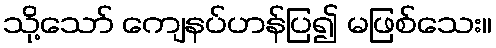
သို့သော် ကျေနပ်ဟန်ပြ၍ မဖြစ်သေး။